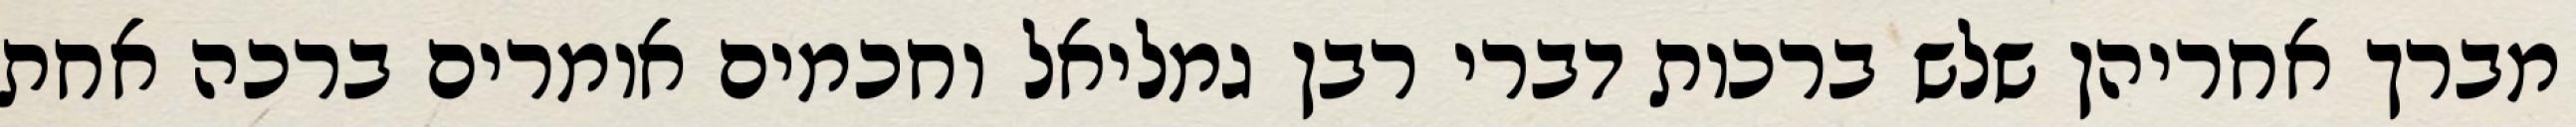
מברך אחריהן שלש ברכות דברי רבן גמליאל וחכמים אומרים ברכה אחת